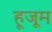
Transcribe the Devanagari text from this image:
हूजूम